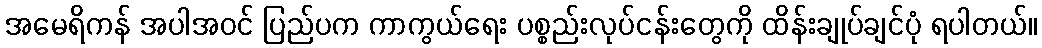
အမေရိကန် အပါအဝင် ပြည်ပက ကာကွယ်ရေး ပစ္စည်းလုပ်ငန်းတွေကို ထိန်းချုပ်ချင်ပုံ ရပါတယ်။